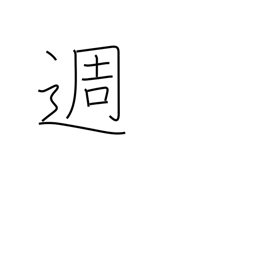
Meaning: week